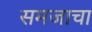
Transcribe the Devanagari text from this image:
समजाचा